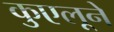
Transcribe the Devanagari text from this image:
कुएलूने